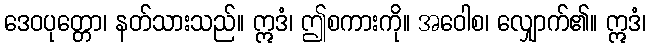
ဒေဝပုတ္တော၊ နတ်သားသည်။ ဣဒံ၊ ဤစကားကို။ အဝေါစ၊ လျှောက်၏။ ဣဒံ၊